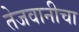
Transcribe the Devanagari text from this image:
तेजवानीचा